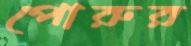
পোরুর